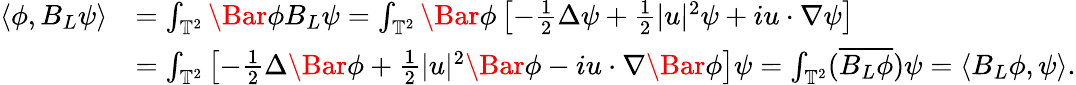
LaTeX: \begin{array}{rl}{\langle\phi,B_{L}\psi\rangle}&{=\int_{\mathbb{T}^{2}}\Bar{\phi}B_{L}\psi=\int_{\mathbb{T}^{2}}\Bar{\phi}\left[-\frac{1}{2}\Delta\psi+\frac{1}{2}\lvert u\rvert^{2}\psi+iu\cdot\nabla\psi\right]}\\ &{=\int_{\mathbb{T}^{2}}\left[-\frac{1}{2}\Delta\Bar{\phi}+\frac{1}{2}\lvert u\rvert^{2}\Bar{\phi}-iu\cdot\nabla\Bar{\phi}\right]\psi=\int_{\mathbb{T}^{2}}(\overline{{B_{L}\phi}})\psi=\langle B_{L}\phi,\psi\rangle.}\end{array}